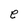
Character: e